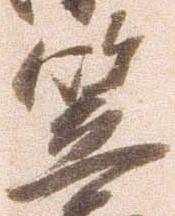
笠